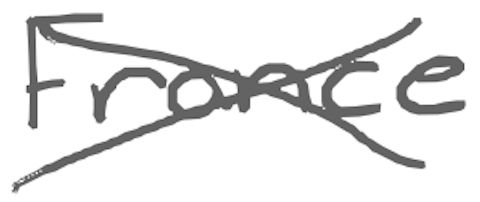
Text: France
Cross-out: cross
Writing tool: digital_gray